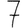
Digit: 7